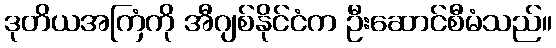
ဒုတိယအကြံကို အီဂျစ်နိုင်ငံက ဦးဆောင်စီမံသည်။